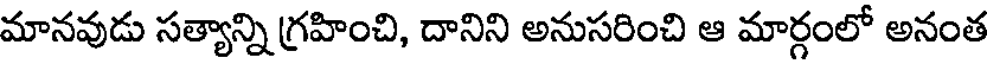
మానవుడు సత్యాన్ని గ్రహించి, దానిని అనుసరించి ఆ మార్గంలో అనంత